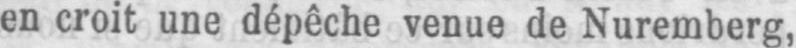
en croit une dépêche venue de Nuremberg,